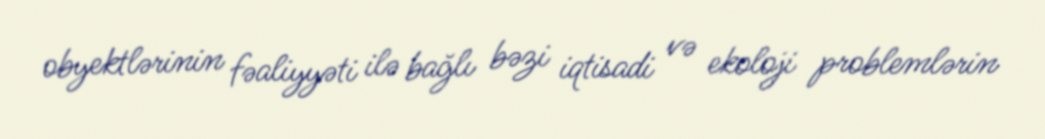
obyektlərinin fəaliyyəti ilə bağlı bəzi iqtisadi və ekoloji problemlərin